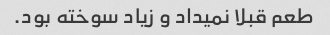
طعم قبلا نمیداد و زیاد سوخته بود.